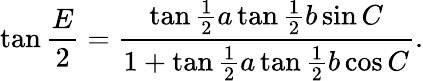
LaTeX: \tan{\frac{E}{2}}={\frac{\tan{\frac{1}{2}}a\tan{\frac{1}{2}}b\sin C}{1+\tan{\frac{1}{2}}a\tan{\frac{1}{2}}b\cos C}}.